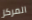
المركز